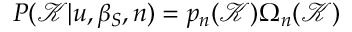
P ( \mathcal { K } | u , \beta _ { S } , n ) = p _ { n } ( \mathcal { K } ) \Omega _ { n } ( \mathcal { K } )